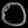
Digit: ၀